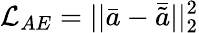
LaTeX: \mathcal{L}_{AE}=||\bar{a}-\bar{\tilde{a}}||_{2}^{2}